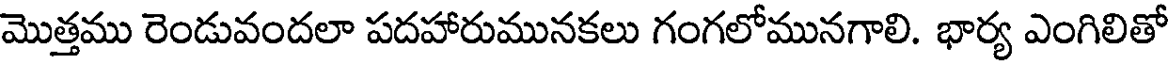
మొత్తము రెండువందలా పదహారుమునకలు గంగలోమునగాలి. భార్య ఎంగిలితో